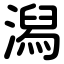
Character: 潟